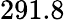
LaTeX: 291.8